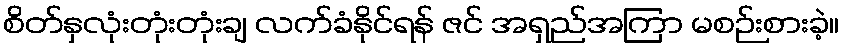
စိတ်နှလုံးတုံးတုံးချ လက်ခံနိုင်ရန် ဇင် အရှည်အကြာ မစဉ်းစားခဲ့။